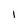
Character: I